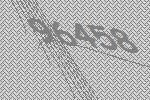
96458